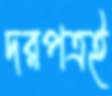
দরপত্রই